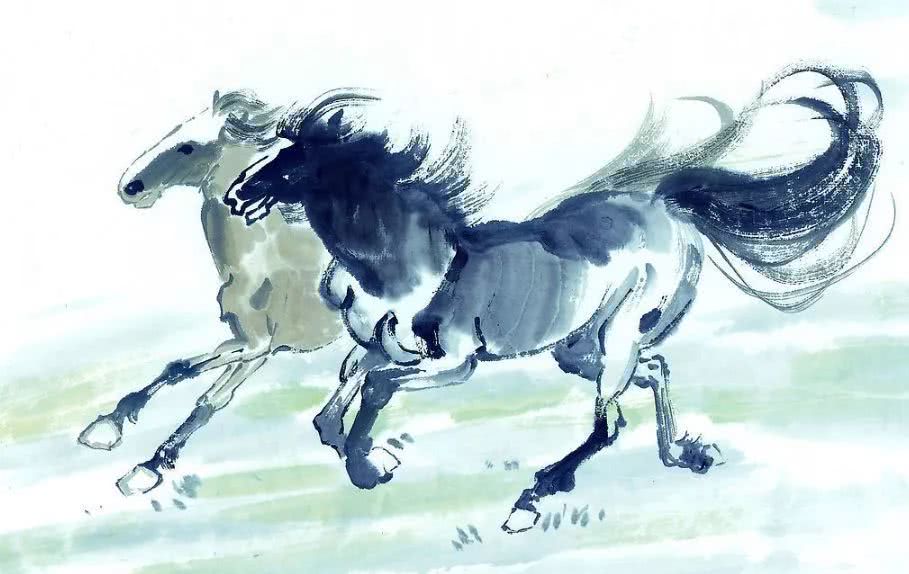
车遥遥兮马洋洋，追思君兮不可忘。